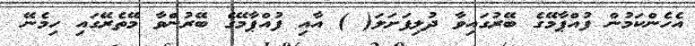
އެހެންކަމުން ފުއްޕާމޭގެ ބޭރުގައިވާ ދުލިފަށަލަ( ) އާއި ފުއްޕާމޭގެ ބޭރުންވާ މޭތެރޭގައި ހިމެނޭ